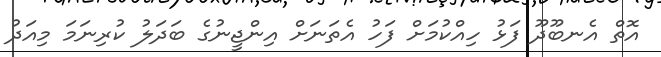
އޮތް އެނބޫދޫ ފަޅު ހިއްކުމަށް ފަހު އެތަނަށް އިންޖީނުގެ ބަދަލު ކުރިނަމަ މިއަދު